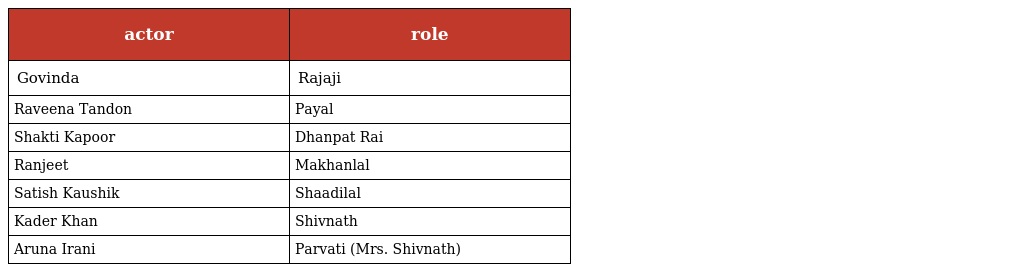
| actor | role |
 | --- | --- |
 | Govinda | Rajaji |
 | Raveena Tandon | Payal |
 | Shakti Kapoor | Dhanpat Rai |
 | Ranjeet | Makhanlal |
 | Satish Kaushik | Shaadilal |
 | Kader Khan | Shivnath |
 | Aruna Irani | Parvati (Mrs. Shivnath) |